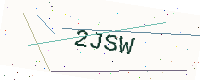
Text: 2JSW